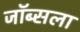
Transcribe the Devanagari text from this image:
जॉब्सला